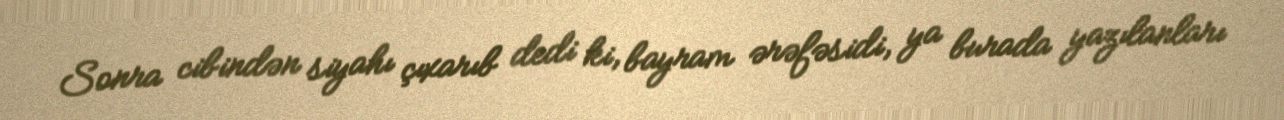
Sonra cibindən siyahı çıxarıb dedi ki, bayram ərəfəsidi, ya burada yazılanları